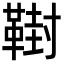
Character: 𩋮